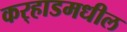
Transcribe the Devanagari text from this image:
कर्‍हाडमधील